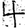
Digit: 4